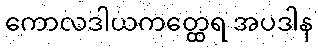
ကောလဒါယကတ္ထေရ အပဒါန